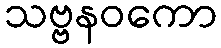
သဗ္ဗနဝကော